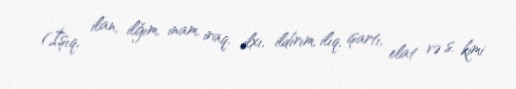
(İşıq, ilan, ilğım, inam, iraq, ilxı, ildırım, ilıq, işartı, elat və s. kimi